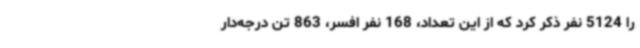
را 5124 نفر ذکر کرد که از این تعداد، 168 نفر افسر، 863 تن درجه‌دار